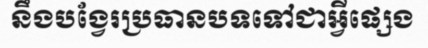
នឹងបង្វែរប្រធានបទទៅជាអ្វីផ្សេង